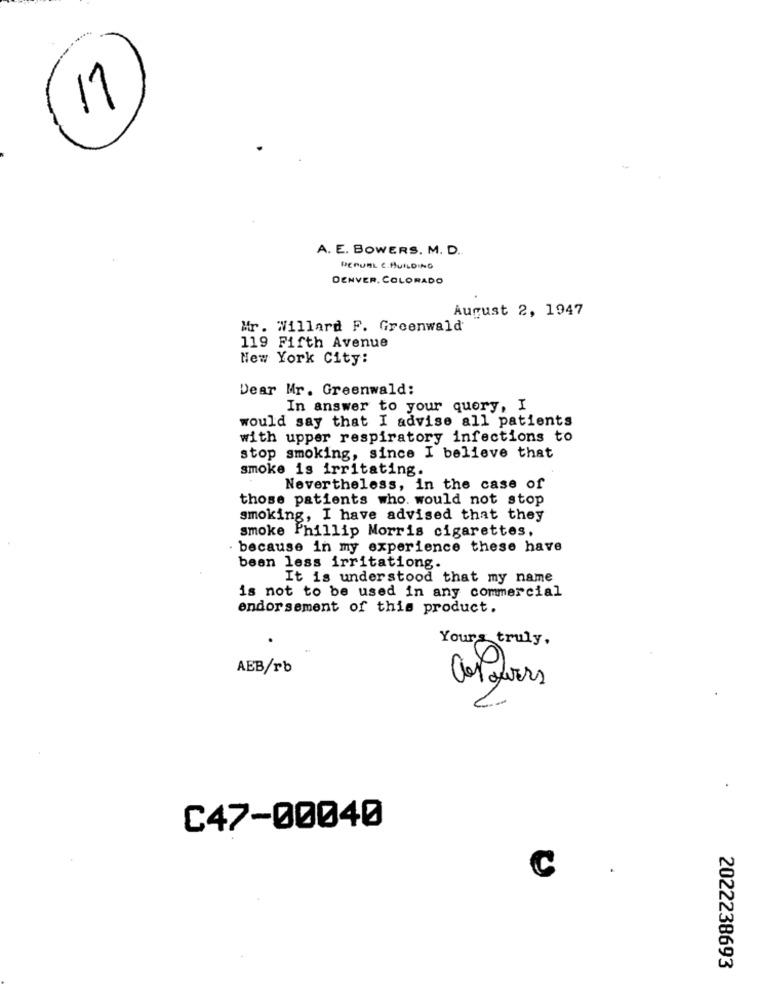
11
A. E. BOWERS. M. D ..
PERURL C.BUILDING
DENVER, COLORADO
August 2, 1947
Mr. Willard F. Greenwald
119 Fifth Avenue
New York City:
Dear Mr. Greenwald:
In answer to your query, I
would say that I advise all patients
with upper respiratory infections to
stop smoking, since I believe that
smoke is irritating.
Nevertheless, in the case of
those patients who. would not stop
smoking, I have advised that they
smoke Phillip Morris cigarettes,
because in my experience these have
been less irritationg.
It is understood that my name
is not to be used in any commercial
endorsement of this product.
.
Yours truly.
e
AEB/rb
C47-00040
C
.
2022238693